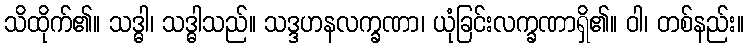
သိထိုက်၏။ သဒ္ဓါ၊ သဒ္ဓါသည်။ သဒ္ဒဟနလက္ခဏာ၊ ယုံခြင်းလက္ခဏာရှိ၏။ ဝါ၊ တစ်နည်း။